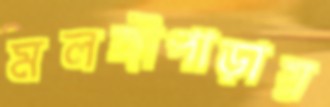
মলঙ্গীপাড়ায়